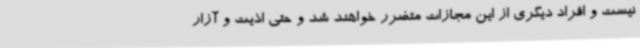
نیست و افراد دیگری از این مجازات متضرر خواهند شد و حتی اذیت و آزار